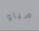
مياو